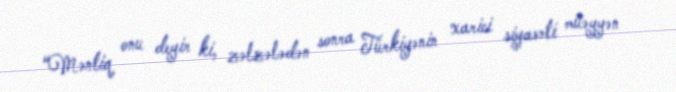
“Məntiq onu deyir ki, zəlzələdən sonra Türkiyənin xarici siyasəti müəyyən